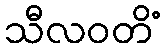
သီလဝတိံ